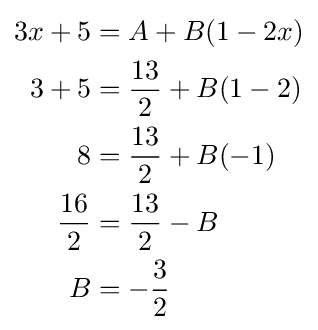
{\begin{aligned}3x+5&=A+B(1-2x)\\3+5&={\frac {13}{2}}+B(1-2)\\8&={\frac {13}{2}}+B(-1)\\{\frac {16}{2}}&={\frac {13}{2}}-B\\B&=-{\frac {3}{2}}\end{aligned}}